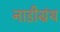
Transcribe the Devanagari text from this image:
नाडीग्रंथ